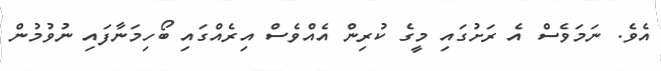
އެވެ. ނަމަވެސް އެ ރަށުގައި މީގެ ކުރިން އެއްވެސް އިރެއްގައި ބޯހިމަނާފައި ނުވުމުން